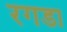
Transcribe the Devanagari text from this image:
रगडा